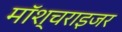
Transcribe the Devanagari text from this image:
मॉश्चराइजर